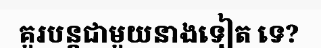
គួរបន្តជាមួយនាងទៀត ទេ?